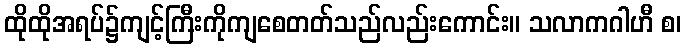
ထိုထိုအရပ်၌ကျင့်ကြီးကိုကျစေတတ်သည်လည်းကောင်း။ သလာကဂါဟီ စ၊